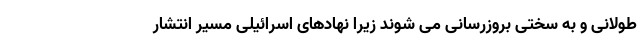
طولانی و به سختی بروزرسانی می شوند زیرا نهادهای اسرائیلی مسیر انتشار